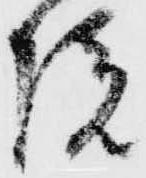
院